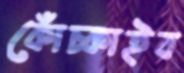
কোঁচ্‌কাইব